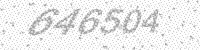
Solution: 646504